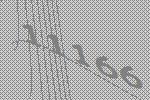
11166